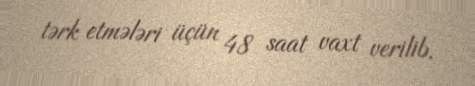
tərk etmələri üçün 48 saat vaxt verilib.